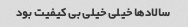
سالاد‌ها خیلی خیلی بی کیفیت بود